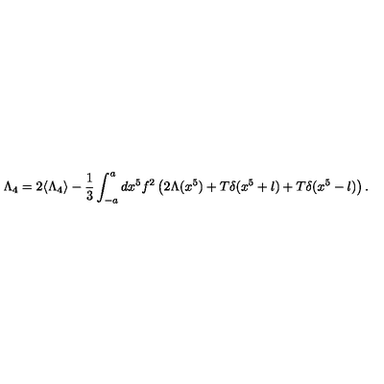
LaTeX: \Lambda _ { 4 } = 2 \langle \Lambda _ { 4 } \rangle - \frac { 1 } { 3 } \int _ { - a } ^ { a } d x ^ { 5 } f ^ { 2 } \left( 2 \Lambda ( x ^ { 5 } ) + T \delta ( x ^ { 5 } + l ) + T \delta ( x ^ { 5 } - l ) \right) .